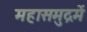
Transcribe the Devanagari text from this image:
महासमुद्रमें